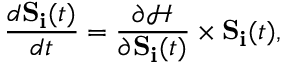
\frac { d \mathbf { S _ { i } } ( t ) } { d t } = \frac { \partial \mathcal { H } } { \partial \mathbf { S _ { i } } ( t ) } \times \mathbf { S _ { i } } ( t ) ,